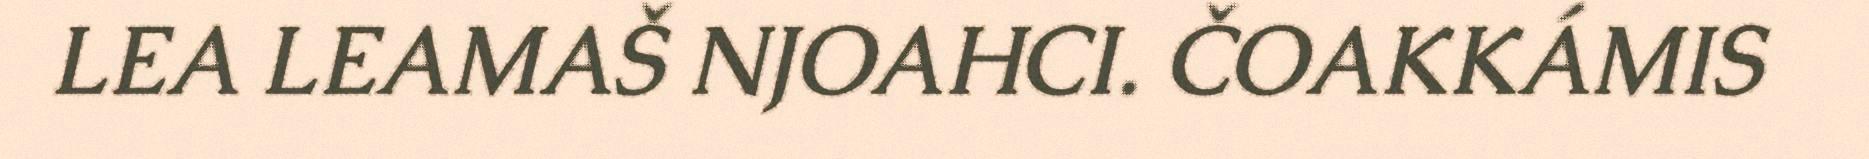
LEA LEAMAŠ NJOAHCI. ČOAKKÁMIS